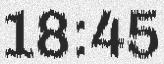
18:45